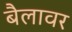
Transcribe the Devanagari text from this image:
बैलावर